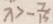
x > - \frac { 7 } { 1 5 }